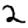
Digit: 2